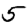
Digit: 5